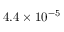
4 . 4 \times 1 0 ^ { - 5 }